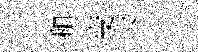
和变下